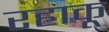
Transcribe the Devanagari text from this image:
रहाकू